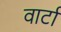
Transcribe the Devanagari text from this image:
वार्टा